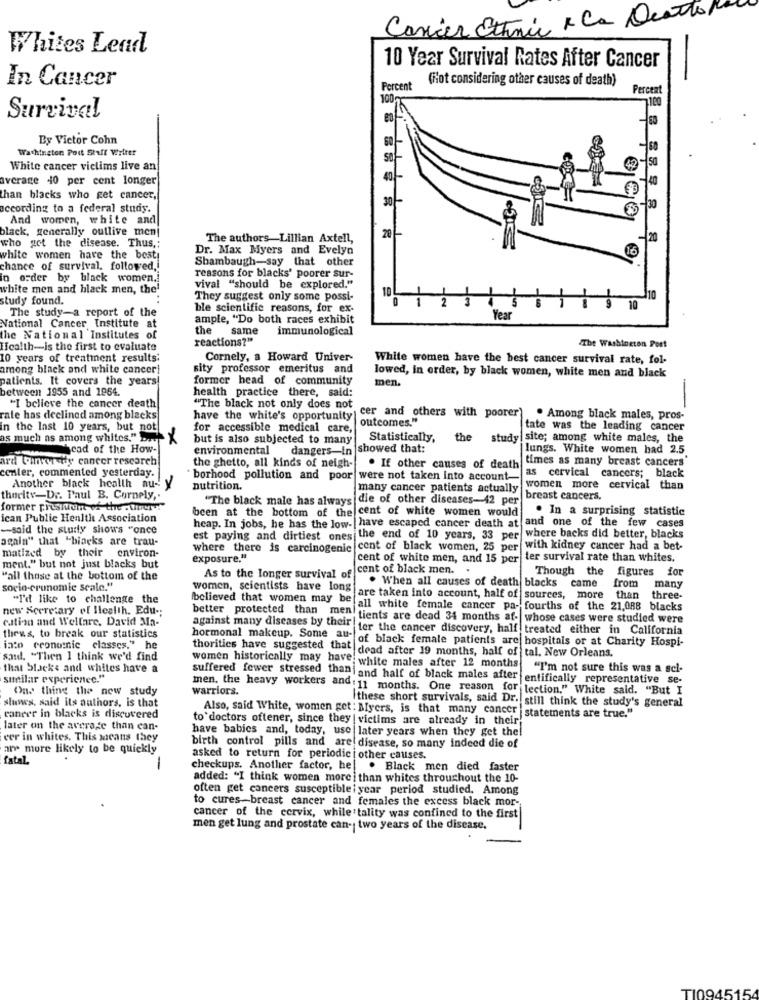
Cancer Ethnic x Ca Deatto
Whites Lead
10 Year Survival Rates After Cancer
In Cancer
(fot considering other causes of death)
Percent
Percent
100
Survival
By Victor Cohn
Washington Post Staff Writer
60
White cancer victims live an
average 40 per cent longer
40
than blacks who get cancer,
according to a federal study.
And women, white and
black, generally outlive men|
The authors-Lillian Axtell,
20
who got the disease. Thus ,;
Dr. Max Myers and Evelyn
white women have the best
Shambaugh-say that other
chance of survival, followed ,!
in order by black women .!
reasons for blacks' poorer sur-
white men and black men, the'
vival "should be explored."
10
study found.
They suggest only some possi-
110
The study-a report of the
ble scientific reasons, for ex-
ample, "Do both races exhibit
Year
National Cancer Institute at
the
same
immunological
the National Institutes of
reactions?"
Health-is the first to evaluate
The Washington Post
10 years of treatment results:
Cornely, a Howard Univer-
White women have the best cancer survival rate, fol-
among black and white cancer!
sity professor emeritus and
lowed, in order, by black women, white men and black
patients. It covers the years!
former head of community
men.
between 1955 and 1964.
health practice there, said:
-
"I believe the cancer death
"The black not only does not
cer and others with poorer
rate has declined among blacks
have the white's opportunity
outcomes."
. Among black males, pros-
in the last 10 years, but not
for accessible medical care,
tate was the leading cancer
as much as among whites." Das
but is also subjected to many
Statistically,
the study site; among white males, the
cad of the How-
environmental dangers-in showed that:
lungs. White women had 2.5
ard Cohnver ify cancer research
the ghetto, all kinds of neigh-
times as many breast cancers'
center, commented yesterday.
. If other causes of death
borhood pollution and poor were not taken into account-
as cervical cancers; black
Another black health nu- y
nutrition.
many cancer patients actually
women more cervical than
thecity-Dr. Paul B. Cornely ,.
"The black male has always die of other diseases-42 per
breast cancers.
former presmuum of the . ihrer ?"
been at the bottom of the cent of white women would
. In a surprising statistic
ican Public Health Association
heap. In jobs, he has the low- | have escaped cancer death at and one of the few cases
-said the study shows "once
again" that "biacks are trau-
est paying and dirtiest ones the end of 10 years, 33 per where backs did better, blacks
matized by their environ-
where there is carcinogenic
cent of black women, 25 per with kidney cancer had a bet-
exposure."
cent of white men, and 15 per
ter survival rate than whites.
ment." but not just blacks but
cent of black men. .
Though the figures for
"all those at the bottom of the
As to the longer survival of
came
socio-cronomic scale."
women, scientists have long
. When all causes of death blacks
from
many
"I'd like to challenge the
Ibelieved that women may be
are taken into account, half of sources, more than three-
new Secretary of Health. Edu -;
better protected than men!
all white female cancer pa- fourths of the 21,088 blacks
cation and Welfare, David Ma-
against many diseases by their !
"tients are dead 34 months af- whose cases were studied were
ter the cancer discovery, half treated either in California
thews, to break our statistics
hormonal makeup. Some au-
of black female patients are hospitais or at Charity Hospi-
into cronumnic classes." he
thorities have suggested that
dead after 19 months, half of tal. New Orleans.
saul. "Then I think we'd find
women historically may have!
that Stacks and whites have a
white males after 12 months "I'm not sure this was a scl-
suilar experience."
suffered fewer stressed thani and half of black males after
entifically representative se-
One thing the new study
men. the heavy workers and: 11 months. One reason for
warriors.
lection," White sald. "But I
slunes, said its authors, is that
Ithese short survivals, said Dr. still think the study's general
cancer in blacks is discovered
to doctors oftener, since they | victims are already in their
Also, said White, women get : Myers, is that many cancer |statements are true."
later on the average than can-
have babies and, today, use later years when they get the
eer in whites. This sacans they
are more likely to be quickly
birth control pills and are disease, so many indeed die of
fatal
asked to return for periodici other causes.
-
checkups. Another factor, he| . Black men died faster
added: "I think women more i than whites throughout the 10-
often get cancers susceptiblei year period studied. Among
to cures-breast cancer and females the excess black mor-
cancer of the cervix, while tality was confined to the first
men get lung and prostate can- two years of the disease.
TI0945154